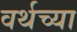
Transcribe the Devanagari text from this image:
वर्थच्या